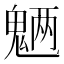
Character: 魉